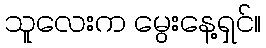
သူလေးက မွေးနေ့ရှင်။